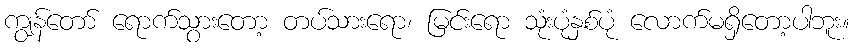
ကျွန်တော် ရောက်သွားတော့ တပ်သားရော၊ မြင်းရော သုံးပုံနှစ်ပုံ လောက်မရှိတော့ပါဘူး။